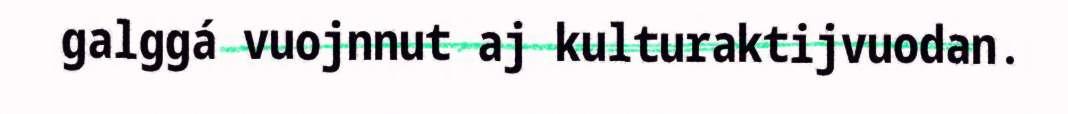
galggá vuojnnut aj kulturaktijvuodan.